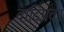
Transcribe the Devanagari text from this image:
वादिप्रवर